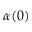
\alpha ( 0 )